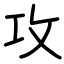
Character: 攻